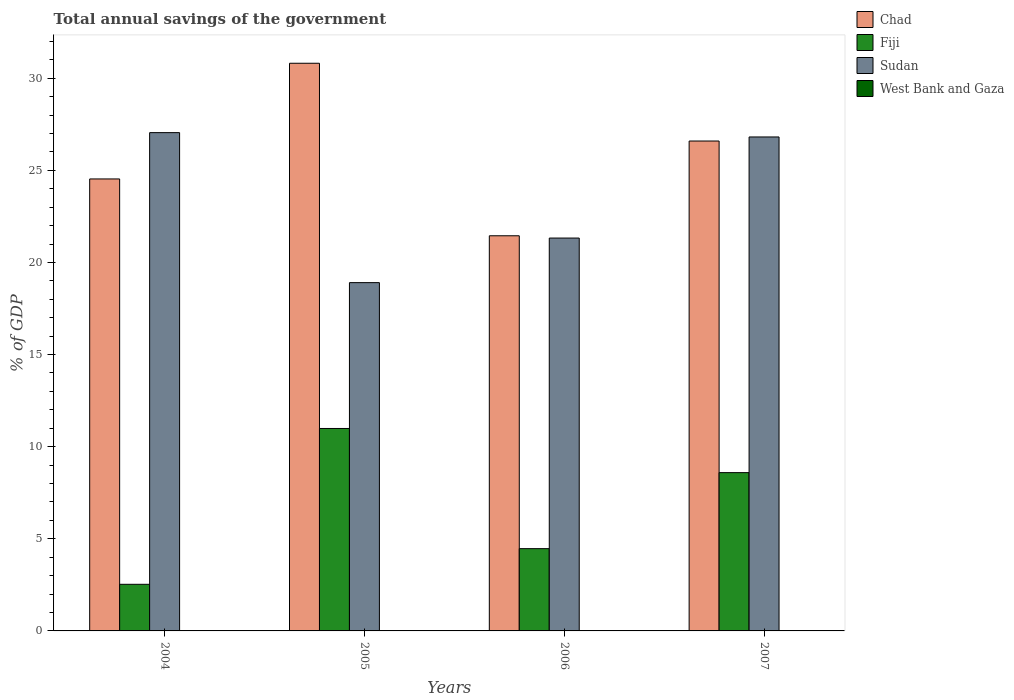
| Years | Chad | Fiji | Sudan | West Bank and Gaza |
 | --- | --- | --- | --- | --- |
 | 2004 | 24.5 | 2.53 | 27 | -32.1 |
 | 2005 | 30.8 | 11 | 18.9 | -33.3 |
 | 2006 | 21.4 | 4.47 | 21.3 | -36.5 |
 | 2007 | 26.6 | 8.59 | 26.8 | -36.6 |